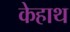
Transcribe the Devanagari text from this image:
केहाथ